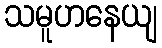
သမူဟနေယျ